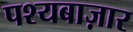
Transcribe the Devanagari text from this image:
पश्यबाज़ार